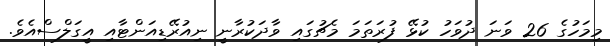
މިމަހުގެ 26 ވަނަ ދުވަހު ކުޅޭ ފުރަތަމަ މެޗުގައި ވާދަކުރާނީ ނިއުރޭޑިއަންޓާއި އީގަލްސްއެވެ.